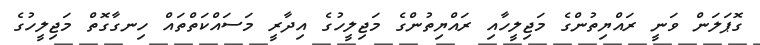
ގޮޕަލަން ވަނީ ރައްޔިތުންގެ މަޖިލީހާއި ރައްޔިތުންގެ މަޖިލީހުގެ އިދާރީ މަސައްކަތްތައް ހިނގާގޮތް މަޖިލީހުގެ